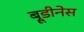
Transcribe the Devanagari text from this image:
ब्रूडीनेस